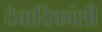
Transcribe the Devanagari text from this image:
देवादिकांशी